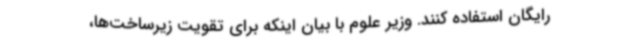
رایگان استفاده کنند. وزیر علوم با بیان اینکه برای تقویت زیرساخت‌ها،